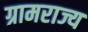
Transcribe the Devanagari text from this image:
ग्रामराज्य